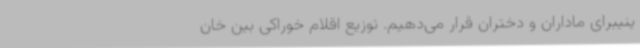
ینیبرای ماداران و دختران قرار می‌دهیم. توزیع اقلام خوراکی بین خان